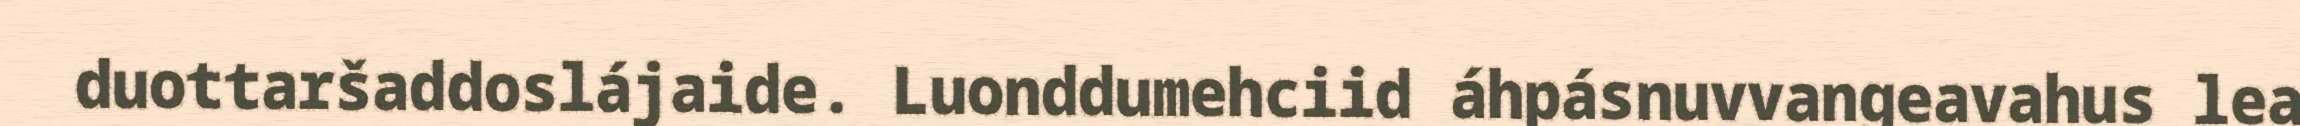
duottaršaddoslájaide. Luonddumehciid áhpásnuvvangeavahus lea